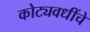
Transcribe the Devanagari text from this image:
कोट्यवधींचे